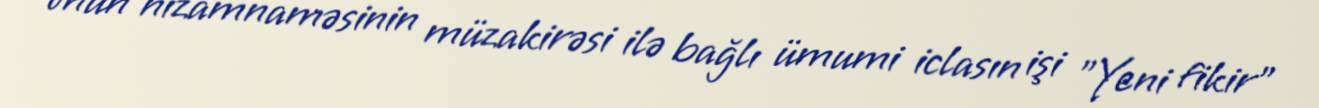
onun nizamnaməsinin müzakirəsi ilə bağlı ümumi iclasın işi "Yeni fikir"